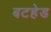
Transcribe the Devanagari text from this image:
बटहेड